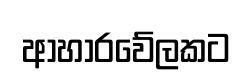
ආහාරවේලකට